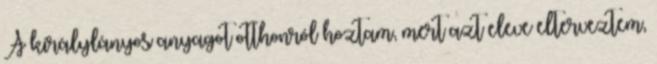
A királylányos anyagot otthonról hoztam, mert azt eleve elterveztem,